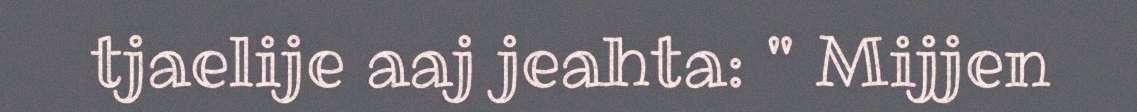
tjaelije aaj jeahta: " Mijjen